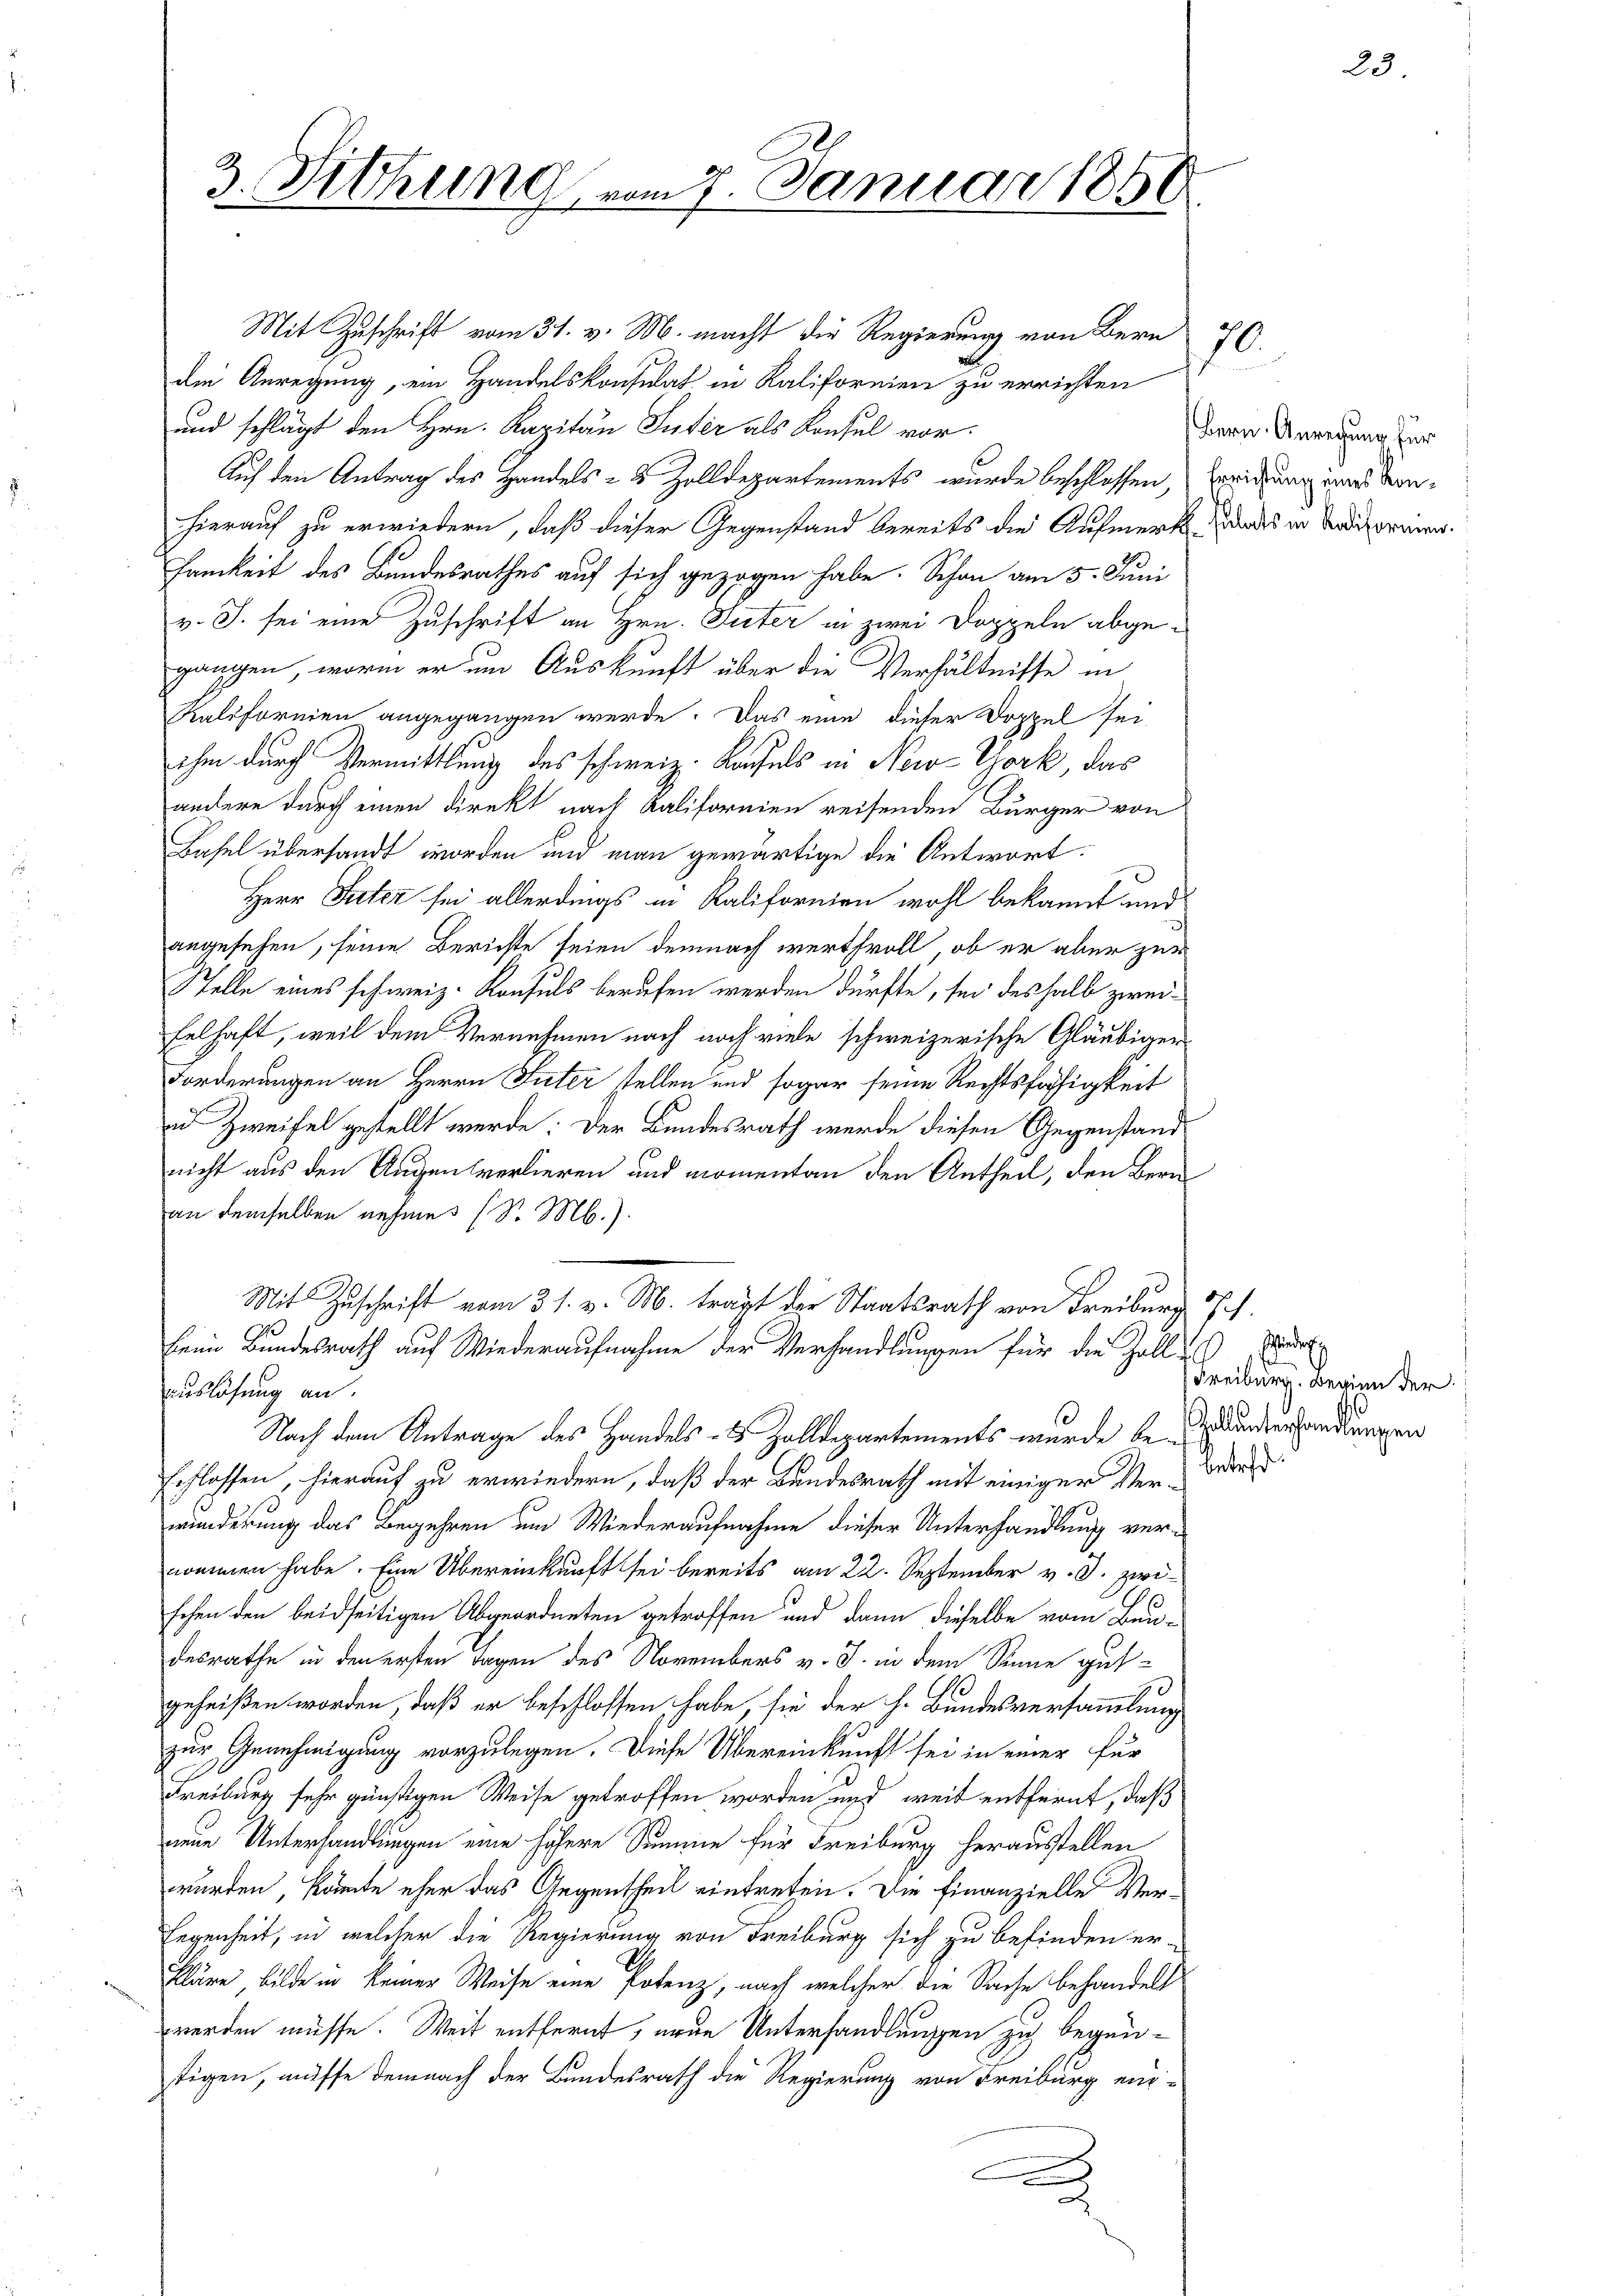
3. Fittung vom 7. Januar 1850

Mit Zuschrift vom 31. v. M. macht die Regierung von Bern
die Anregung, ein Handelskonsulat in Kalifornien zu errichten
und schlägt den Hrn. Kapitau Suter als Konsul vor.
Auf den Antrag des Handels- & Zolldepartements wurde beschlossen,
hierauf zu erwiedern, daß dieser Gegenstand bereits die Aufmerk
samkeit des Bundesrathes auf sich gezogen habe. Schon am 5. Juni
v. J. sei eine Zuschrift an Hrn. Tuter in zwei Doppeln abgegangen, worin er um Auskunft über die Verhältnisse in
Kaliformen angegangen werde. Das eine dieser Doppel sei-
ihm durch Vermittlung des schweiz. Konfels in New-York, das
andere durch einen direkt nach Kalifornien reisenden Bürger von
Basel übersandt worden und man gewärtige die Antwort:
Herr Tuter sei allerdings in Kalifornien wohl bekannt und
angesehen, seine Berichte seien demnach werthvoll, ob er aber zur
Stelle eines schweiz. Konsuls berufen werden dürfte, sei deshalb zweifelhaft, weil dem Vernehmen nach noch viele schweizerische Gläubiger
Forderungen an Herrn Suter stellen und sogar seine Rechtsfähigkeit
 Zweifel gestellt werde: Der Bundesrath werde diesen Gegenstand
nicht aus den Augensverlieren und momentan den Antheil, den Bern
an demselben nehmes (S. M.).
Mit Zuschrift vom 31. v. M. tragt der Staatsrath von Freiburg Pf.
kein Bundesrath auf Wiederaufnahme der Verhandlungen für die Zoll-
auslösung an.
Nach dem Antrage des Handels- & Zolldepartements wurde beiderhandlungen
schlossen, hierauf zu erwiedern, daß der Bundesrath mit einiger Ver-Weis
winderung das Begehren um Wiederaufnahme dieser Unterhandlung vernommen habe. Eine Übereinkunft sei bereits am 22. September v. J. zwischen den beidseitigen Abgeordneten getroffen und dann dieselbe vom Bau-
desrathe in den ersten Tagen des Novembers v. J. in dem Sinne gut¬
23
geheißen worden, daß er beschlossen habe, sie der h. Bundesversammlung
zur Genehmigung vorzulegen. Diese Übereinkunft sei in einer für
Freiburg sehr günstigen Weise getroffen worden und weit entfernt, daß
neue Unterhandlungen eine höhere Summe für Freiburg herausstellen
wurden, könnte eher das Gegentheil eintreten. Die Finanzielle Ver¬
Legenheit, in welcher die Regierung von Freiburg sich zu befinden er-
kläre bilde in keiner Weise eine Potenz, nach welcher die Sache behandelt
werden müsse. Weit entfernt, erne Unterhandlungen zu begantigen, müsse demnach der Bundesrath die Regierung von Freiburg ei-
x

70

Bern. Anrechung für
Errichtung eines Konsulats in Kalifornien.

Eide
Freiburg. Beginn der